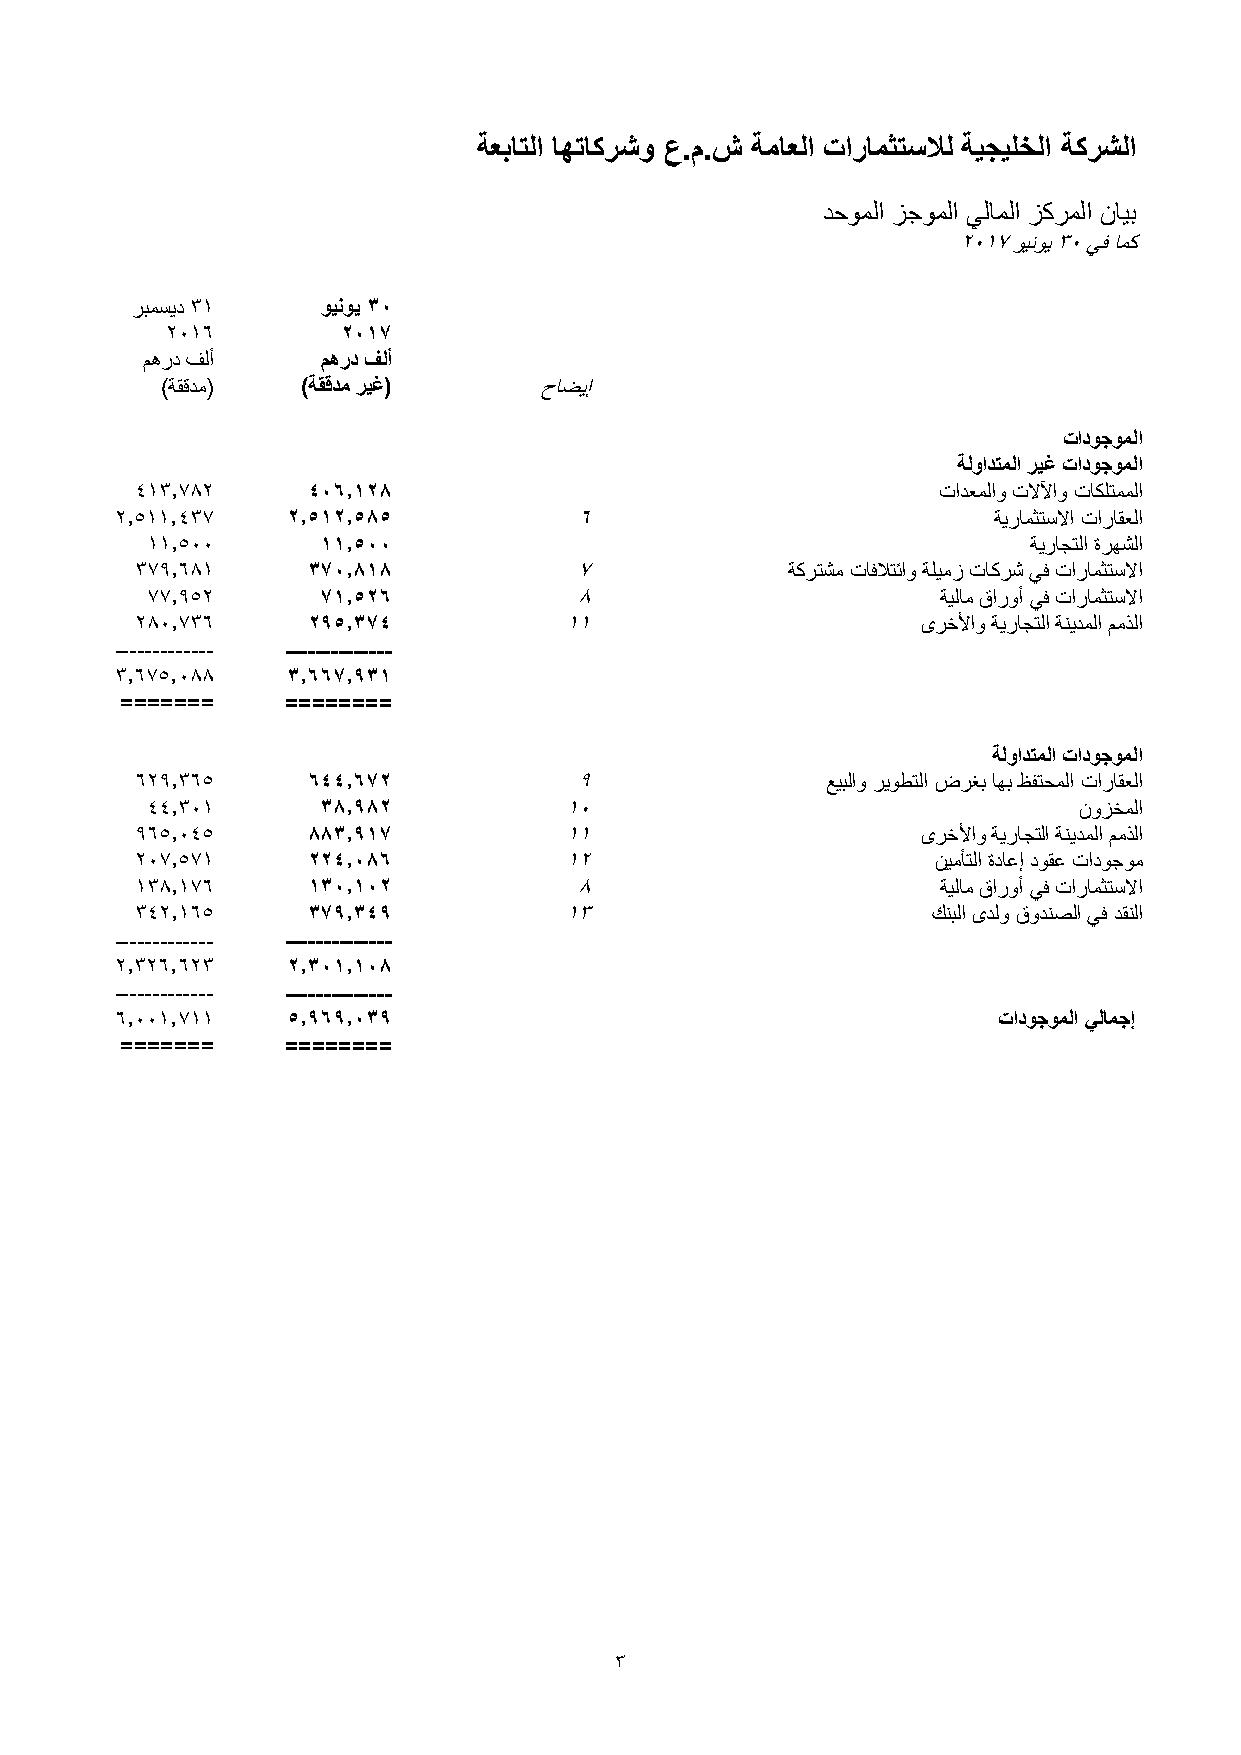
ةعباتلا اهتاكرشو ع.م.ش ةماعلا تارامثتسلال ةيجيلخلا ةكرشلا
 دحوملا زجوملا يلاملا زكرملا نايب
 2017 وينوي 30 يف امك
 ربمسيد 31   وينوي 30
 2016        2017
 مهرد فلأ    مهرد فلأ
 )ةققدم(  )ةققدم ريغ(     حاضيإ
 تادوجوملا
 ةلوادتملا ريغ تادوجوملا
 413.782    406.128                                   تادعملاو تلالآاو تاكلتمملا
 2.511.437  2.512.585          6                           ةيرامثتسلاا تاراقعلا
 11.500     11.500                                         ةيراجتلا ةرهشلا
 379.681    370.818           7             ةكرتشم تافلاتئاو ةليمز تاكرش يف تارامثتسلاا
 77.952     71.526           8                       ةيلام قاروأ يف تارامثتسلاا
 280.736    295.374          11                      ىرخلأاو ةيراجتلا ةنيدملا ممذلا
 ------------- --------------
 3.675.088  3.667.931
 =======    ========
 ةلوادتملا تادوجوملا
 629.365    644.672           9                عيبلاو ريوطتلا ضرغب اهب ظفتحملا تاراقعلا
 44.301     38.982          10                                نوزخملا
 965.045    883.917          11                      ىرخلأاو ةيراجتلا ةنيدملا ممذلا
 207.571    224.086          12                       نيمأتلا ةداعإ دوقع تادوجوم
 138.176    130.102           8                       ةيلام قاروأ يف تارامثتسلاا
 342.165    379.349          13                       كنبلا ىدلو قودنصلا يف دقنلا
 ------------- --------------
 2.326.623  2.301.108
 ------------- --------------
 6.001.711  5.969.039                                      تادوجوملا يلامجإ
 =======    ========
 3